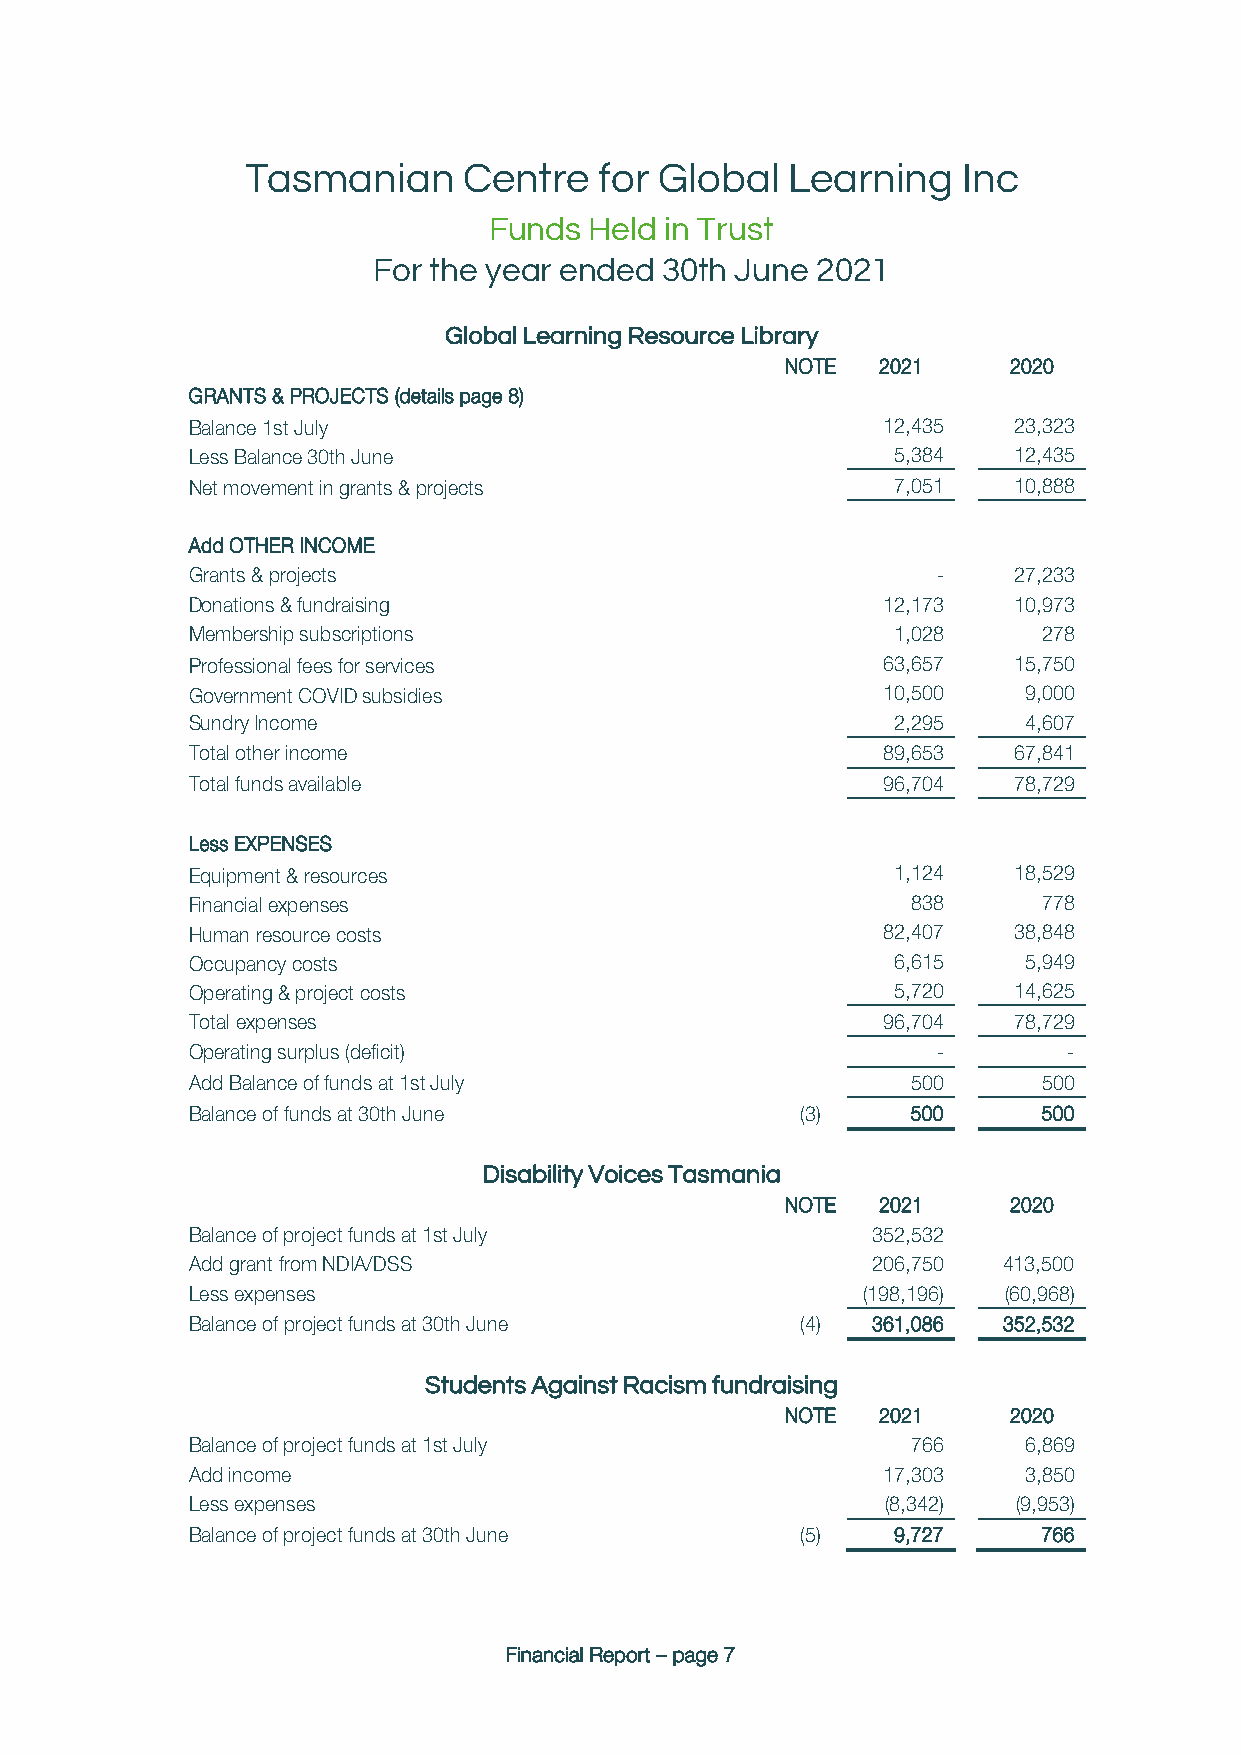
Tasmanian      Centre   for Global  Learning    Inc
 Funds  Held in Trust
 For the year ended 30th June 2021
 Global Learning Resource Library
 NOTE  2021     2020
 GRANTS & PROJECTS (details page 8)
 Balance 1st July                              12,435   23,323
 Less Balance 30th June                         5,384   12,435
 Net movement in grants & projects              7,051   10,888
 Add OTHER INCOME
 Grants & projects                                 -    27,233
 Donations & fundraising                       12,173   10,973
 Membership subscriptions                       1,028     278
 Professional fees for services                63,657   15,750
 Government COVID subsidies                    10,500    9,000
 Sundry Income                                  2,295    4,607
 Total other income                            89,653   67,841
 Total funds available                         96,704   78,729
 Less EXPENSES
 Equipment & resources                          1,124   18,529
 Financial expenses                              838      778
 Human resource costs                          82,407   38,848
 Occupancy costs                                6,615    5,949
 Operating & project costs                      5,720   14,625
 Total expenses                                96,704   78,729
 Operating surplus (deficit)                       -        -
 Add Balance of funds at 1st July                500      500
 Balance of funds at 30th June            (3)    500      500
 Disability Voices Tasmania
 NOTE  2021     2020
 Balance of project funds at 1st July          352,532
 Add grant from NDIA/DSS                       206,750 413,500
 Less expenses                                (198,196) (60,968)
 Balance of project funds at 30th June    (4)  361,086 352,532
 Students Against Racism fundraising
 NOTE  2021     2020
 Balance of project funds at 1st July            766     6,869
 Add income                                    17,303    3,850
 Less expenses                                  (8,342) (9,953)
 Balance of project funds at 30th June    (5)   9,727     766
 Financial Report – page 7